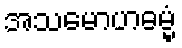
အသမောဟဓမ္မံ